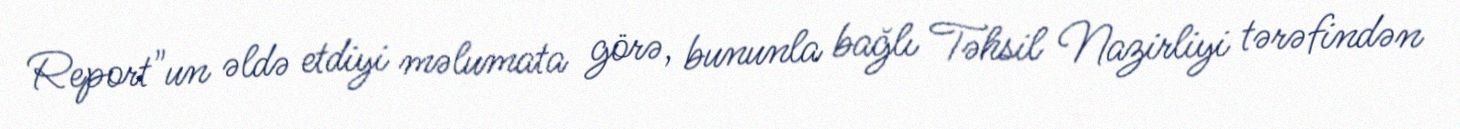
Report"un əldə etdiyi məlumata görə, bununla bağlı Təhsil Nazirliyi tərəfindən